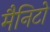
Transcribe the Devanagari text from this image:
मैनिटो